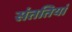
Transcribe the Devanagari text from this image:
संततियां